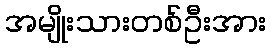
အမျိုးသားတစ်ဦးအား